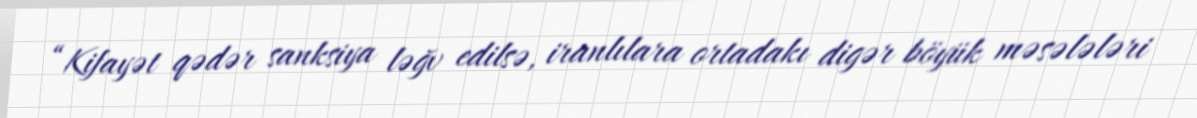
“Kifayət qədər sanksiya ləğv edilsə, iranlılara ortadakı digər böyük məsələləri